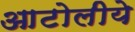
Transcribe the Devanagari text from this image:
आटोलीये